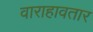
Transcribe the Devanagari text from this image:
वाराहावतार